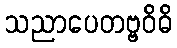
သညာပေတဗ္ဗဝိဓိ